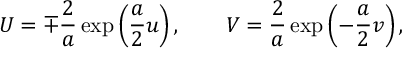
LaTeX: U = \mp \frac { 2 } { a } \exp \left( \frac { a } { 2 } u \right) , \quad \quad V = \frac { 2 } { a } \exp \left( - \frac { a } { 2 } v \right) ,